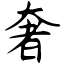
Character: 奢